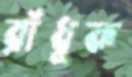
রাঁধুক